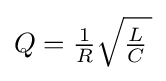
Q={\tfrac {1}{R}}{\sqrt {{\tfrac {L}{C}}\,}}